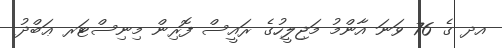
އދ ގެ 76 ވަނަ އާންމު މަޖިލީހުގެ ރައީސް ފޮރިން މިނިސްޓަރ ޢަބްދު